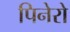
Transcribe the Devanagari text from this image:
पिनेरो